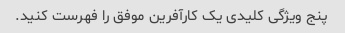
پنج ویژگی کلیدی یک کارآفرین موفق را فهرست کنید.